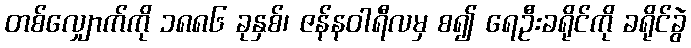
တစ်လျှောက်ကို ၁၈၈၆ ခုနှစ်၊ ဇန်နဝါရီလမှ စ၍ ရေဦးခရိုင်ကို ခရိုင်ခွဲ